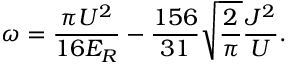
\omega = \frac { \pi U ^ { 2 } } { 1 6 E _ { R } } - \frac { 1 5 6 } { 3 1 } \sqrt { \frac { 2 } { \pi } } \frac { J ^ { 2 } } { U } .